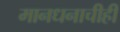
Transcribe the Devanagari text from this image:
मानधनाचीही